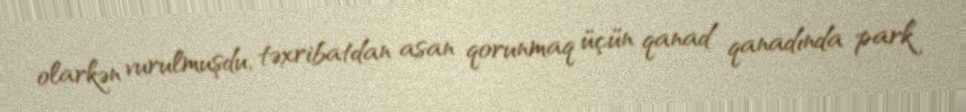
olarkən vurulmuşdu, təxribatdan asan qorunmaq üçün qanad qanadında park